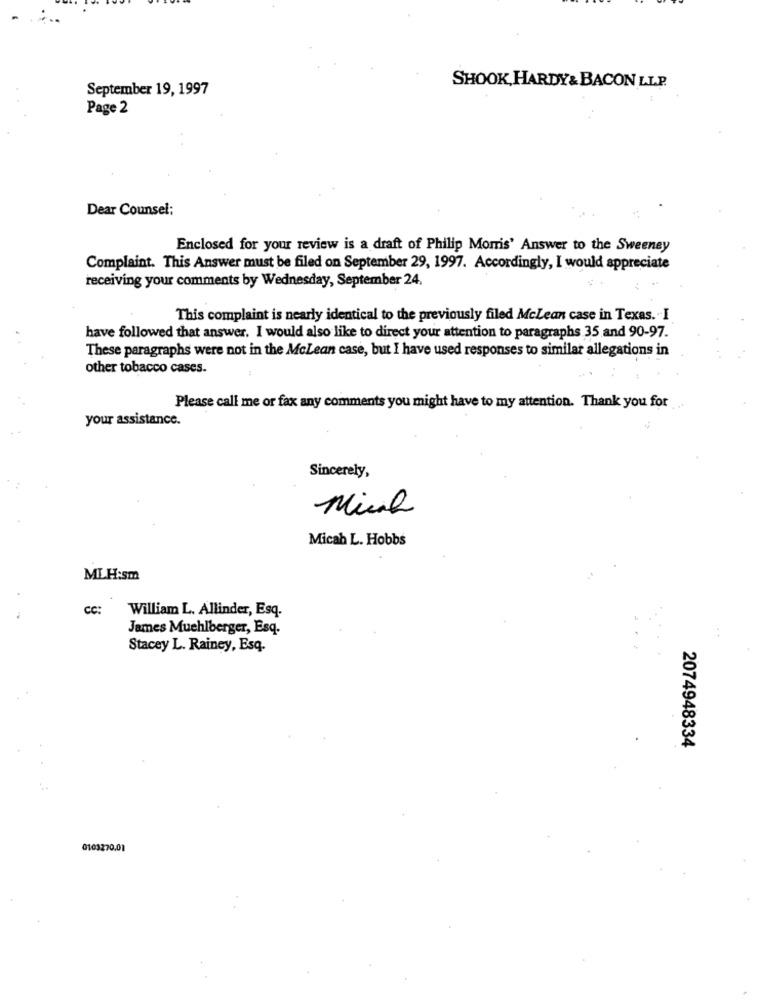
September 19, 1997
SHOOK, HARDY& BACON LLP.
Page 2
Dear Counsel:
Enclosed for your review is a draft of Philip Morris' Answer to the Sweeney
Complaint. This Answer must be filed on September 29, 1997. Accordingly, I would appreciate
receiving your comments by Wednesday, September 24.
This complaint is nearly identical to the previously filed McLean case in Texas. I
have followed that answer. I would also like to direct your attention to paragraphs 35 and 90-97.
These paragraphs were not in the McLean case, but I have used responses to similar allegations in
other tobacco cases.
Please call me or fax any comments you might have to my attention. Thank you for
your assistance.
Sincerely,
Micah L. Hobbs
MLH:sm
cc:
William L. Allinder, Esq.
James Muehlberger, Esq.
Stacey L. Rainey, Esq.
2074948334
0103270.01